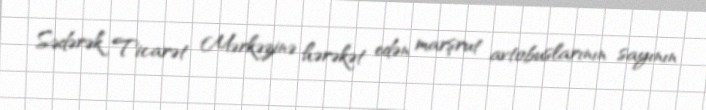
Sədərək Ticarət Mərkəzinə hərəkət edən marşrut avtobuslarının sayının